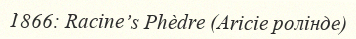
1866: Racine’s Phèdre (Aricie ролінде)